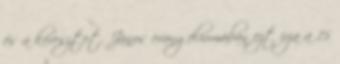
és a keresztet. János evangéliumában ezt írja a 15